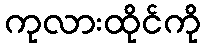
ကုလားထိုင်ကို